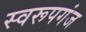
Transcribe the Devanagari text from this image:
स्वरूपगंज